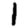
Digit: 1